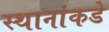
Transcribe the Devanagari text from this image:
स्थानांकडे